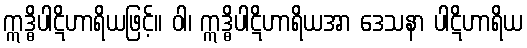
ဣဒ္ဓိပါဋိဟာရိယဖြင့်။ ဝါ၊ ဣဒ္ဓိပါဋိဟာရိယအာ ဒေသနာ ပါဋိဟာရိယ